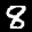
Label: 8